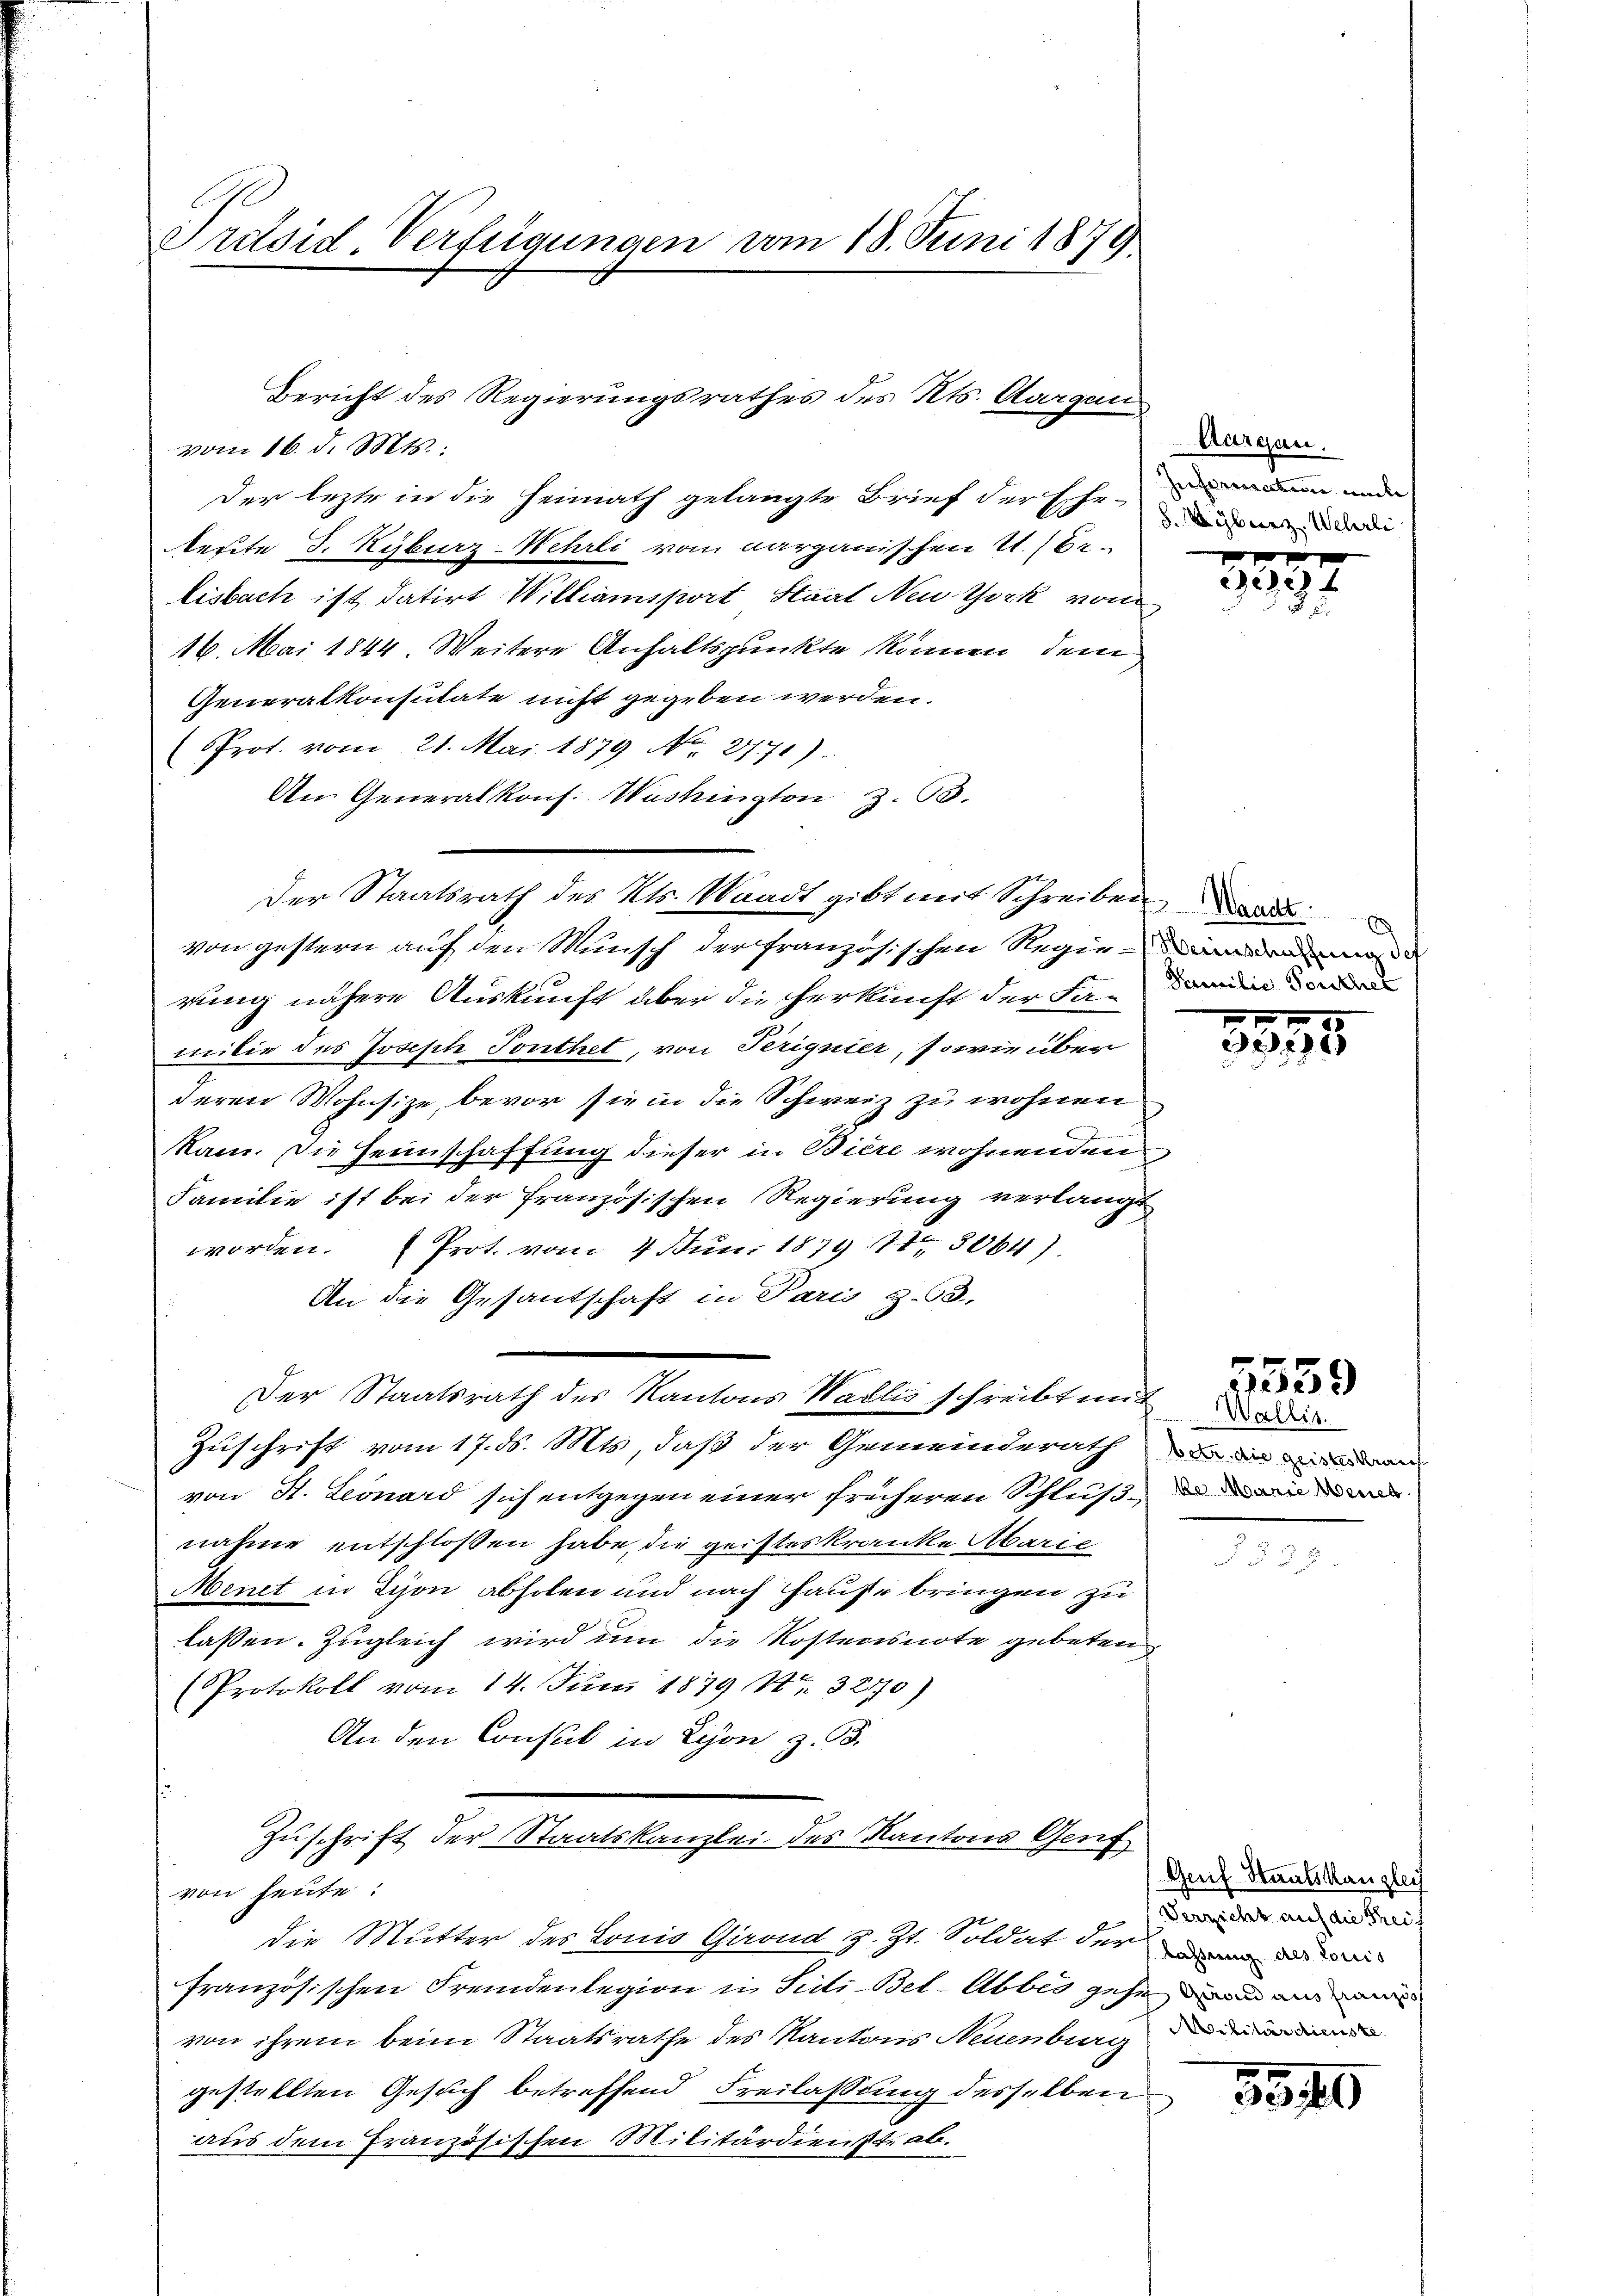
Präsid. Verfügungen vom 18. Juni 1879.

vom 16. d. Mts.:
Der lezte in die Heimath gelangte Brief der schr. Dein und
euite d. Kyburz-Wehrli vom aargauischen U. Er-
lisbach ist datirt Williansport Staat Neu York von
16. Mai 1844. Weitere Anhaltspunkte können, dem
Generalkonsulate nicht gegeben werden.
PProt. vom 21. Mai 1879 No. 2771).
An Generalkons. Washington Z. 63.
von gestern auf den Munsch der französischen Regierung nähere Auskunft über die Herkunft der Familie des Joseph Tonthet, von Terignier, sowie über
deren Wohnsitze, bevor sie in die Schweiz zu wohnen
kam. Die Heimschaffung dieser in Biere wohnenden
Familie ist bei der französischen Regierung verlangt
worden. Prot. vom 4. Juni 1879. 13064)
An die Gesantschaft in Paris z.53.
Der Staatsrath des Kantons Wallis schreibt mit d
Zuschrift vom 17. ds. Mts, daß der Gemeinderath
von St. Leonard sich entgegen einer früheren Schlußnahme entschloßen habe, die geisteskranke Marie
Menet in Schon abholen und nach Hause bringen zu
lassen. Zugleich wird um die Kostensnote gebeten
Protokoll vom 14. Juni 1879 Nr. 3270)
An den Consul in Lyon z. B.
Zuschrift der Staatskanzlei des Kantons Genf
von heute!
die Mutter des Lonio Girond z. Zt. Soldat der di
französischen Fremdenlegion in Secti-Bet-Abbes gehe und ain mir
von ihrem beim Staatsrathe des Kantons Neuenburg
gestellten Gesuch betreffend Freilassung desselben
aus dem Französischen Militärdienste ab.

Bericht des Regierungsrathes des Kts. Aargau,

Der Staatsrath des Kts. Waadt gibt mit Schreiben

Aargau.
S. yberz. Wehrli

229

Familie Porscher

3895

betr. die geisteskreich
ke Marie Meneb

5559

Genf Staatskanzlei
Verzicht auf die Kreis

3540